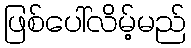
ဖြစ်ပေါ်လိမ့်မည်